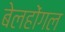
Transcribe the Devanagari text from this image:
बेलहोंगल